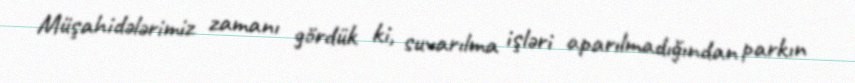
Müşahidələrimiz zamanı gördük ki, suvarılma işləri aparılmadığından parkın